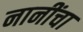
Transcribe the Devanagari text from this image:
नानींचा